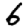
Digit: 6